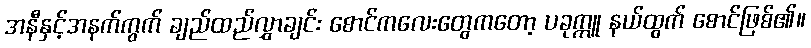
အနီနှင့်အနက်ကွက် ချည်ထည်လွှာချင်း စောင်ကလေးတွေကတော့ ပခုက္ကူ နယ်ထွက် စောင်ဖြစ်၏။